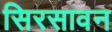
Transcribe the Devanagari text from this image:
सिरसावन